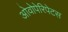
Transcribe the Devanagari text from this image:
ओवोपेरिपेटस